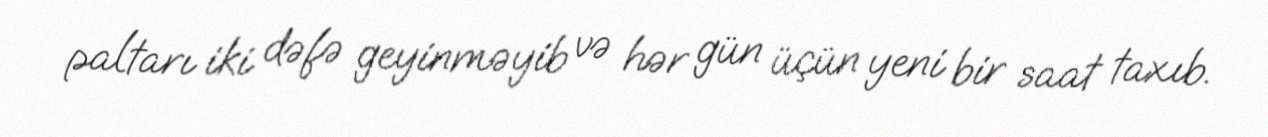
paltarı iki dəfə geyinməyib və hər gün üçün yeni bir saat taxıb.